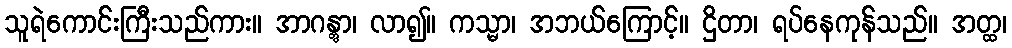
သူရဲကောင်းကြီးသည်ကား။ အာဂန္တွာ၊ လာ၍။ ကသ္မာ၊ အဘယ်ကြောင့်။ ဌိတာ၊ ရပ်နေကုန်သည်။ အတ္ထ၊